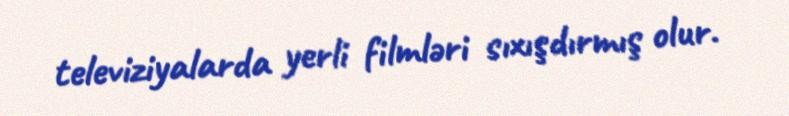
televiziyalarda yerli filmləri sıxışdırmış olur.